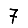
Digit: 7